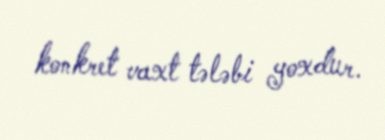
konkret vaxt tələbi yoxdur.